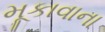
મૂકાવાના